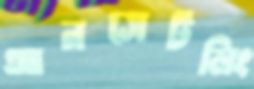
আনসেটলিং